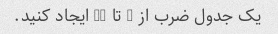
یک جدول ضرب از 2 تا 10 ایجاد کنید.